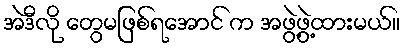
အဲဒီလို တွေမဖြစ်ရအောင် က အဖွဲ့ဖွဲ့ထားမယ်။